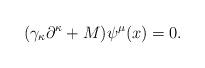
LaTeX: \begin{align*}( \gamma_\kappa \partial^\kappa +M)\psi^\mu(x)=0 .\end{align*}